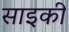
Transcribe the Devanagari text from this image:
साइकी